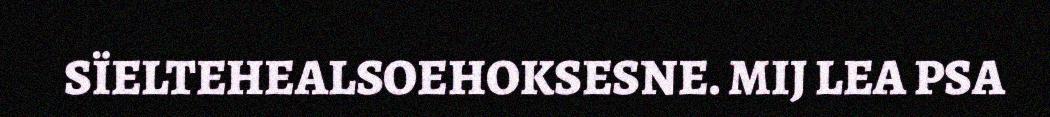
SÏELTEHEALSOEHOKSESNE. MIJ LEA PSA